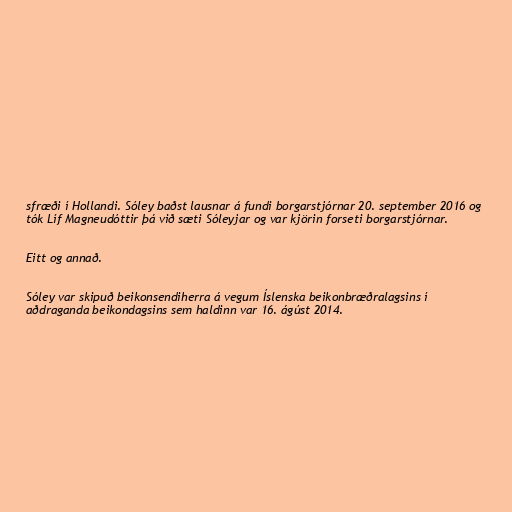
sfræði í Hollandi. Sóley baðst lausnar á fundi borgarstjórnar 20. september 2016 og
tók Líf Magneudóttir þá við sæti Sóleyjar og var kjörin forseti borgarstjórnar.

Eitt og annað.

Sóley var skipuð beikonsendiherra á vegum Íslenska beikonbræðralagsins í
aðdraganda beikondagsins sem haldinn var 16. ágúst 2014.